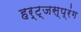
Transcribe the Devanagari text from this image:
हर्ट्जस्प्रंग